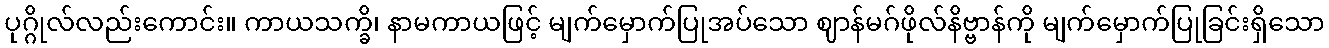
ပုဂ္ဂိုလ်လည်းကောင်း။ ကာယသက္ခိ၊ နာမကာယဖြင့် မျက်မှောက်ပြုအပ်သော ဈာန်မဂ်ဖိုလ်နိဗ္ဗာန်ကို မျက်မှောက်ပြုခြင်းရှိသော